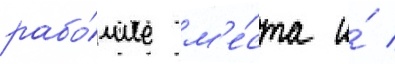
рабо́чие м'е́ста и́ /